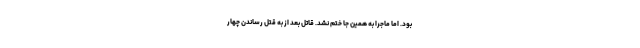
بود. اما ماجرا به همین جا ختم نشد. قاتل بعد از به قتل رساندن چهار